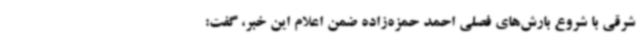
شرقی با شروع بارش‌های فصلی احمد حمزه‌زاده ضمن اعلام این خبر، گفت: